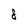
Character: 8